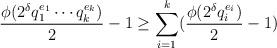
LaTeX: \begin{align*} \frac{\phi(2^\delta q_1^{e_1}\cdots q_k^{e_k})}2-1\ge \sum_{i=1}^k(\frac{\phi(2^{\delta} q_i^{e_i})}2-1) \end{align*}